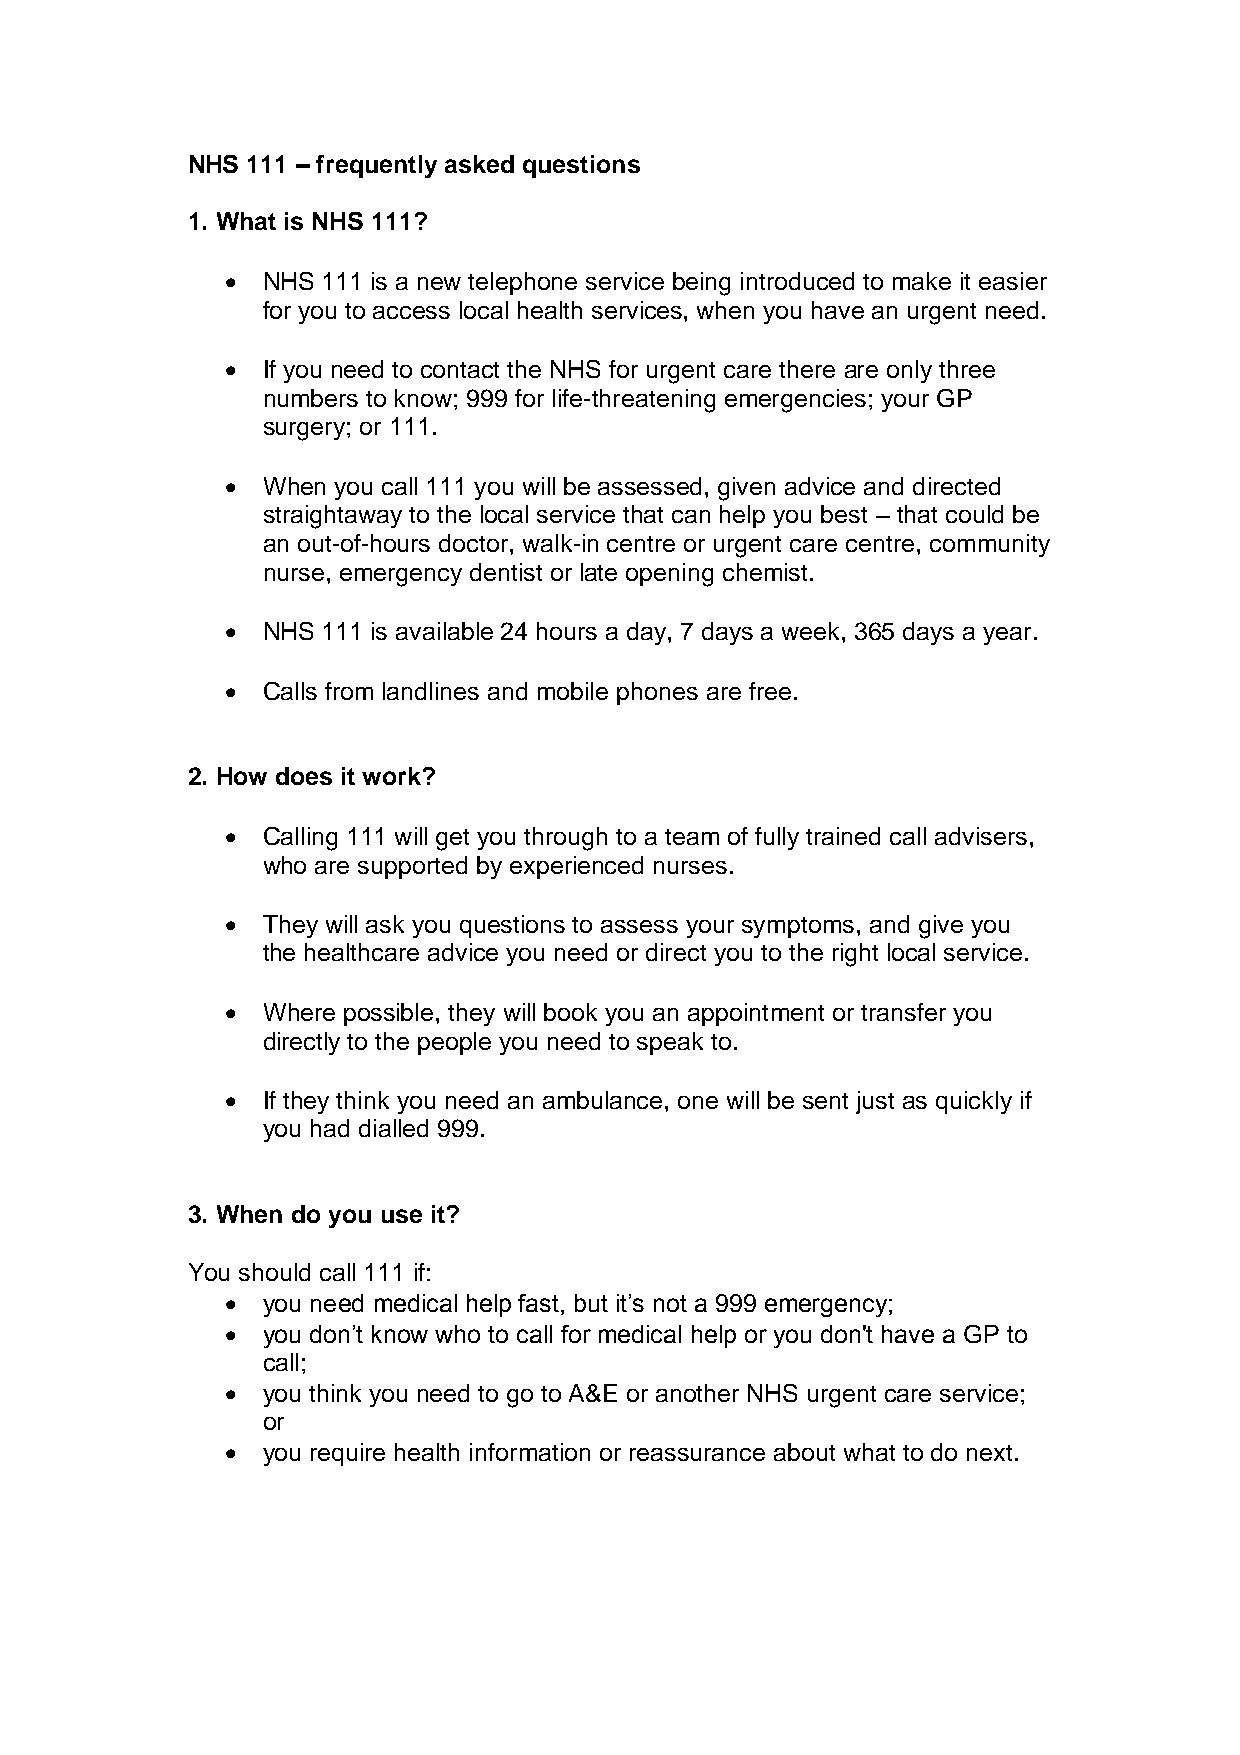
NHS 111 – frequently asked questions
 1. What is NHS 111?
  NHS 111 is a new telephone service being introduced to make it easier
 for you to access local health services, when you have an urgent need.
  If you need to contact the NHS for urgent care there are only three
 numbers to know; 999 for life-threatening emergencies; your GP
 surgery; or 111.
  When you call 111 you will be assessed, given advice and directed
 straightaway to the local service that can help you best – that could be
 an out-of-hours doctor, walk-in centre or urgent care centre, community
 nurse, emergency dentist or late opening chemist.
  NHS 111 is available 24 hours a day, 7 days a week, 365 days a year.
  Calls from landlines and mobile phones are free.
 2. How does it work?
  Calling 111 will get you through to a team of fully trained call advisers,
 who are supported by experienced nurses.
  They will ask you questions to assess your symptoms, and give you
 the healthcare advice you need or direct you to the right local service.
  Where possible, they will book you an appointment or transfer you
 directly to the people you need to speak to.
  If they think you need an ambulance, one will be sent just as quickly if
 you had dialled 999.
 3. When do you use it?
 You should call 111 if:
  you need medical help fast, but it’s not a 999 emergency;
  you don’t know who to call for medical help or you don't have a GP to
 call;
  you think you need to go to A&E or another NHS urgent care service;
 or
  you require health information or reassurance about what to do next.